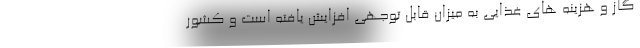
گاز و هزینه های غذایی به میزان قابل توجهی افزایش یافته است و کشور